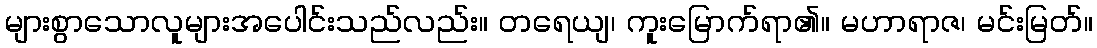
များစွာသောလူများအပေါင်းသည်လည်း။ တရေယျ၊ ကူးမြောက်ရာ၏။ မဟာရာဇ၊ မင်းမြတ်။